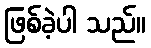
ဖြစ်ခဲ့ပါ သည်။